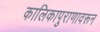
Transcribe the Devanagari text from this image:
कालिकापुराणावरून